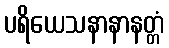
ပရိယေသနာနာနတ္တံ